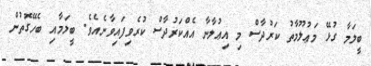
ބީލަމާ ގުޅޭ މަޢުލޫމާތު ކަރުދާސް މި އިޢުލާނާ އެއްކަރުދާސް ކުރެވިފައިވާނެއެވެ. ބީލަމާއި ބެހޭގޮތުން